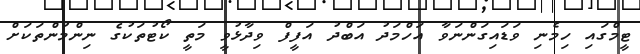
ޓީމްގައި ހިމެނި ވަޑައިގަންނަވާ އަހްމަދު އަބްދު އަފީފް ވިދާޅުވީ މަތީ ކޯޓުތަކުގެ ނިންމުންތަކަށް